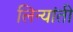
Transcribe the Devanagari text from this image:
लिन्यांती